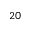
2 0